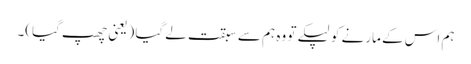
ہم اس کے مارنے کو لپکے تو وہ ہم سے سبقت لے گیا (یعنی چھپ گیا)۔